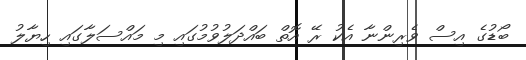
ބޯޑުގެ އިސް ވެރިންނާ އެކު ރޭ އޮތް ބައްދަލުވުމުގައި މި މައްސަލާގައި ހިޔާލު